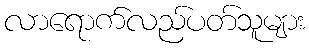
လာရောက်လည်ပတ်သူများ